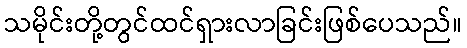
သမိုင်းတို့တွင်ထင်ရှားလာခြင်းဖြစ်ပေသည်။